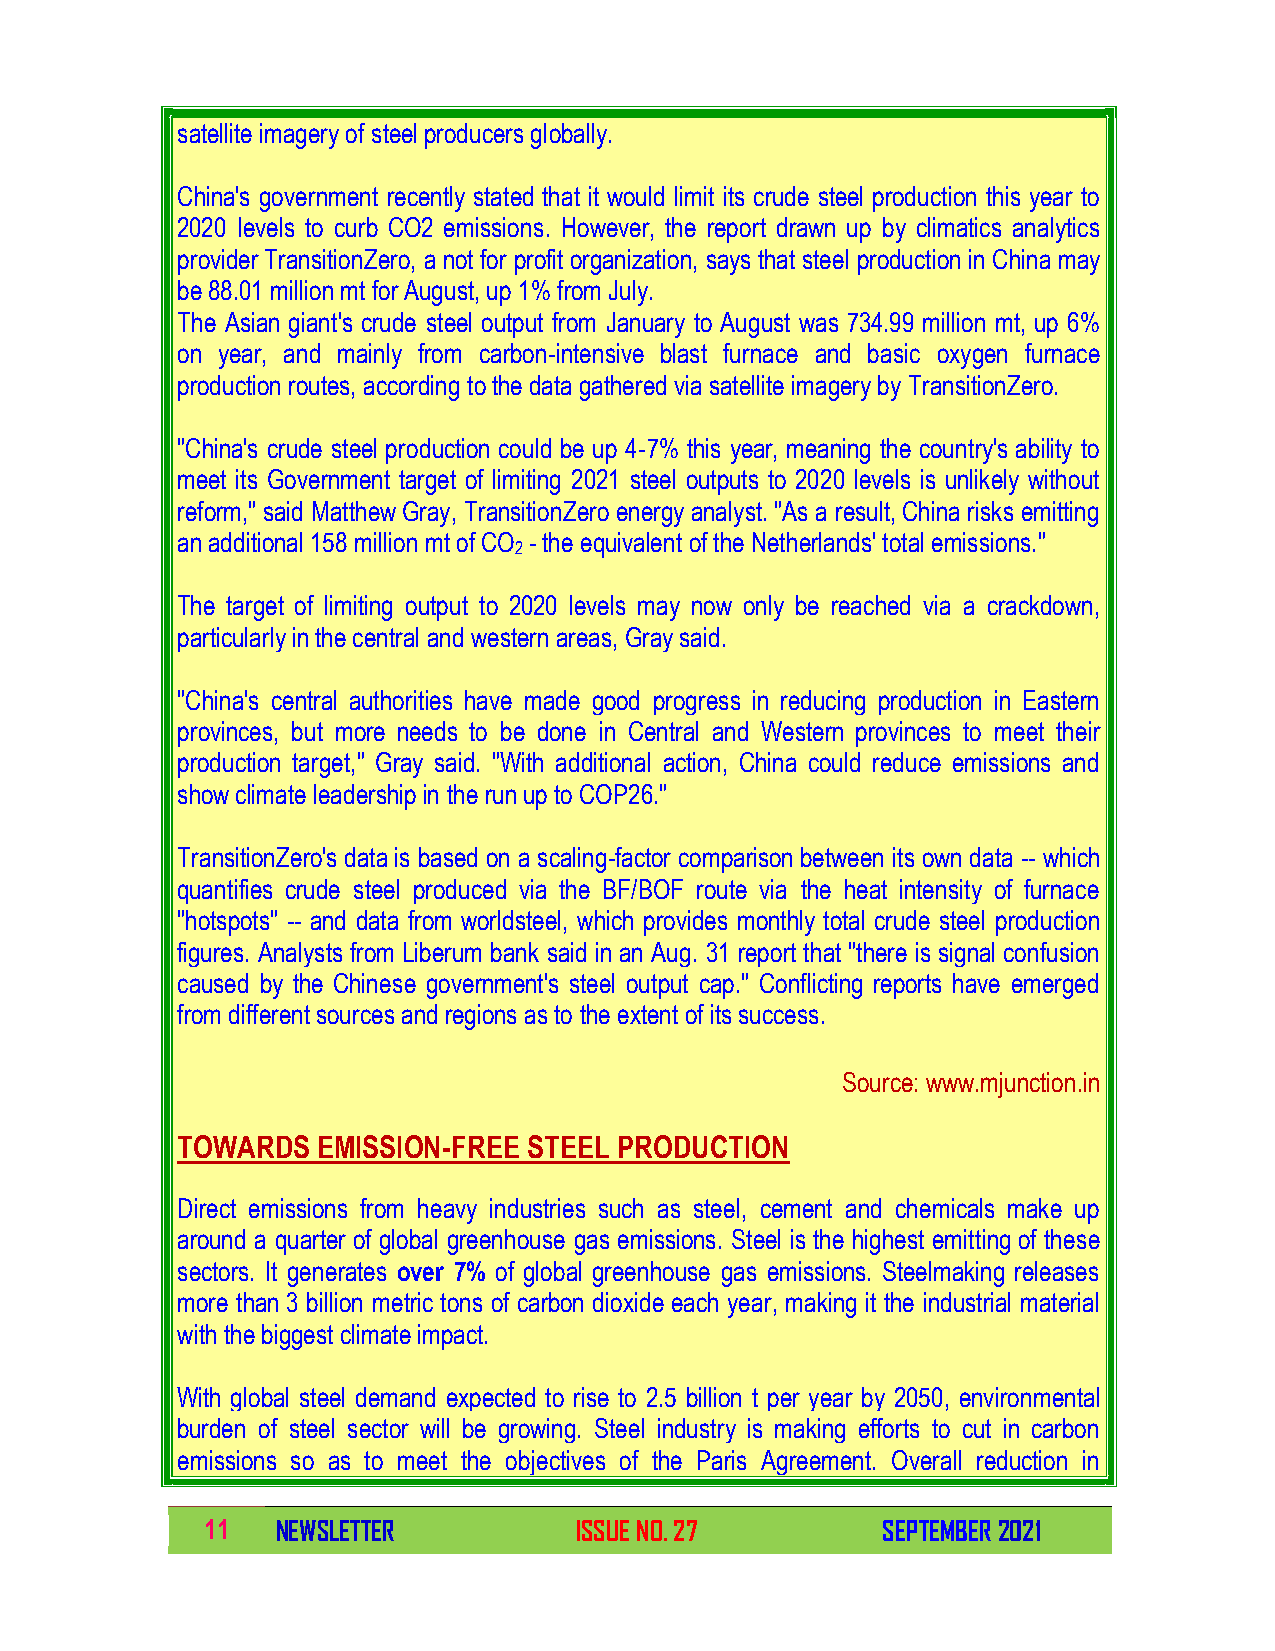
satellite imagery of steel producers globally.
 China's government recently stated that it would limit its crude steel production this year to
 2020 levels to curb CO2 emissions. However, the report drawn up by climatics analytics
 provider TransitionZero, a not for profit organization, says that steel production in China may
 be 88.01 million mt for August, up 1% from July.
 The Asian giant's crude steel output from January to August was 734.99 million mt, up 6%
 on year, and mainly from carbon-intensive blast furnace and basic oxygen furnace
 production routes, according to the data gathered via satellite imagery by TransitionZero.
 "China's crude steel production could be up 4-7% this year, meaning the country's ability to
 meet its Government target of limiting 2021 steel outputs to 2020 levels is unlikely without
 reform," said Matthew Gray, TransitionZero energy analyst. "As a result, China risks emitting
 an additional 158 million mt of CO - the equivalent of the Netherlands' total emissions."
 2
 The target of limiting output to 2020 levels may now only be reached via a crackdown,
 particularly in the central and western areas, Gray said.
 "China's central authorities have made good progress in reducing production in Eastern
 provinces, but more needs to be done in Central and Western provinces to meet their
 production target," Gray said. "With additional action, China could reduce emissions and
 show climate leadership in the run up to COP26."
 TransitionZero's data is based on a scaling-factor comparison between its own data -- which
 quantifies crude steel produced via the BF/BOF route via the heat intensity of furnace
 "hotspots" -- and data from worldsteel, which provides monthly total crude steel production
 figures. Analysts from Liberum bank said in an Aug. 31 report that "there is signal confusion
 caused by the Chinese government's steel output cap." Conflicting reports have emerged
 from different sources and regions as to the extent of its success.
 Source: www.mjunction.in
 TOWARDS  EMISSION-FREE STEEL PRODUCTION
 Direct emissions from heavy industries such as steel, cement and chemicals make up
 around a quarter of global greenhouse gas emissions. Steel is the highest emitting of these
 sectors. It generates over 7% of global greenhouse gas emissions. Steelmaking releases
 more than 3 billion metric tons of carbon dioxide each year, making it the industrial material
 with the biggest climate impact.
 With global steel demand expected to rise to 2.5 billion t per year by 2050, environmental
 burden of steel sector will be growing. Steel industry is making efforts to cut in carbon
 emissions so as to meet the objectives of the Paris Agreement. Overall reduction in
 11  NEWSLETTER          ISSUE NO. 27        SEPTEMBER 2021